Scottish Leaving Certificate Examination, 1952
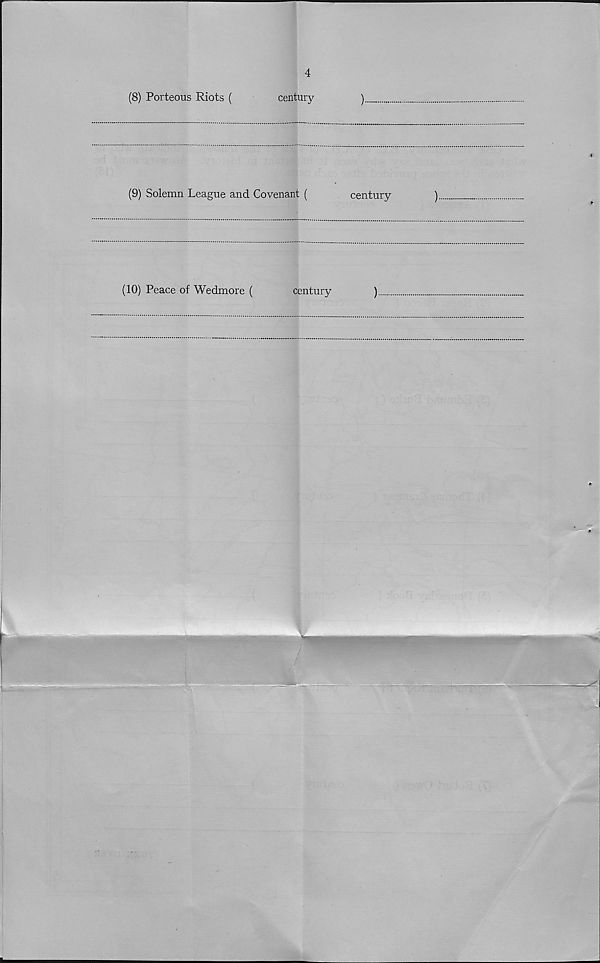
4
(8) Porteous Riots (
century
)
(9) Solemn League and Covenant (
century
)
(10) Peace of Wedmore (
century
)